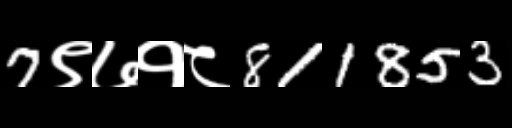
Text: 7९७१८811853